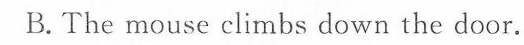
B.The mouse climbs down the door.